Riigikantselei, lk 59
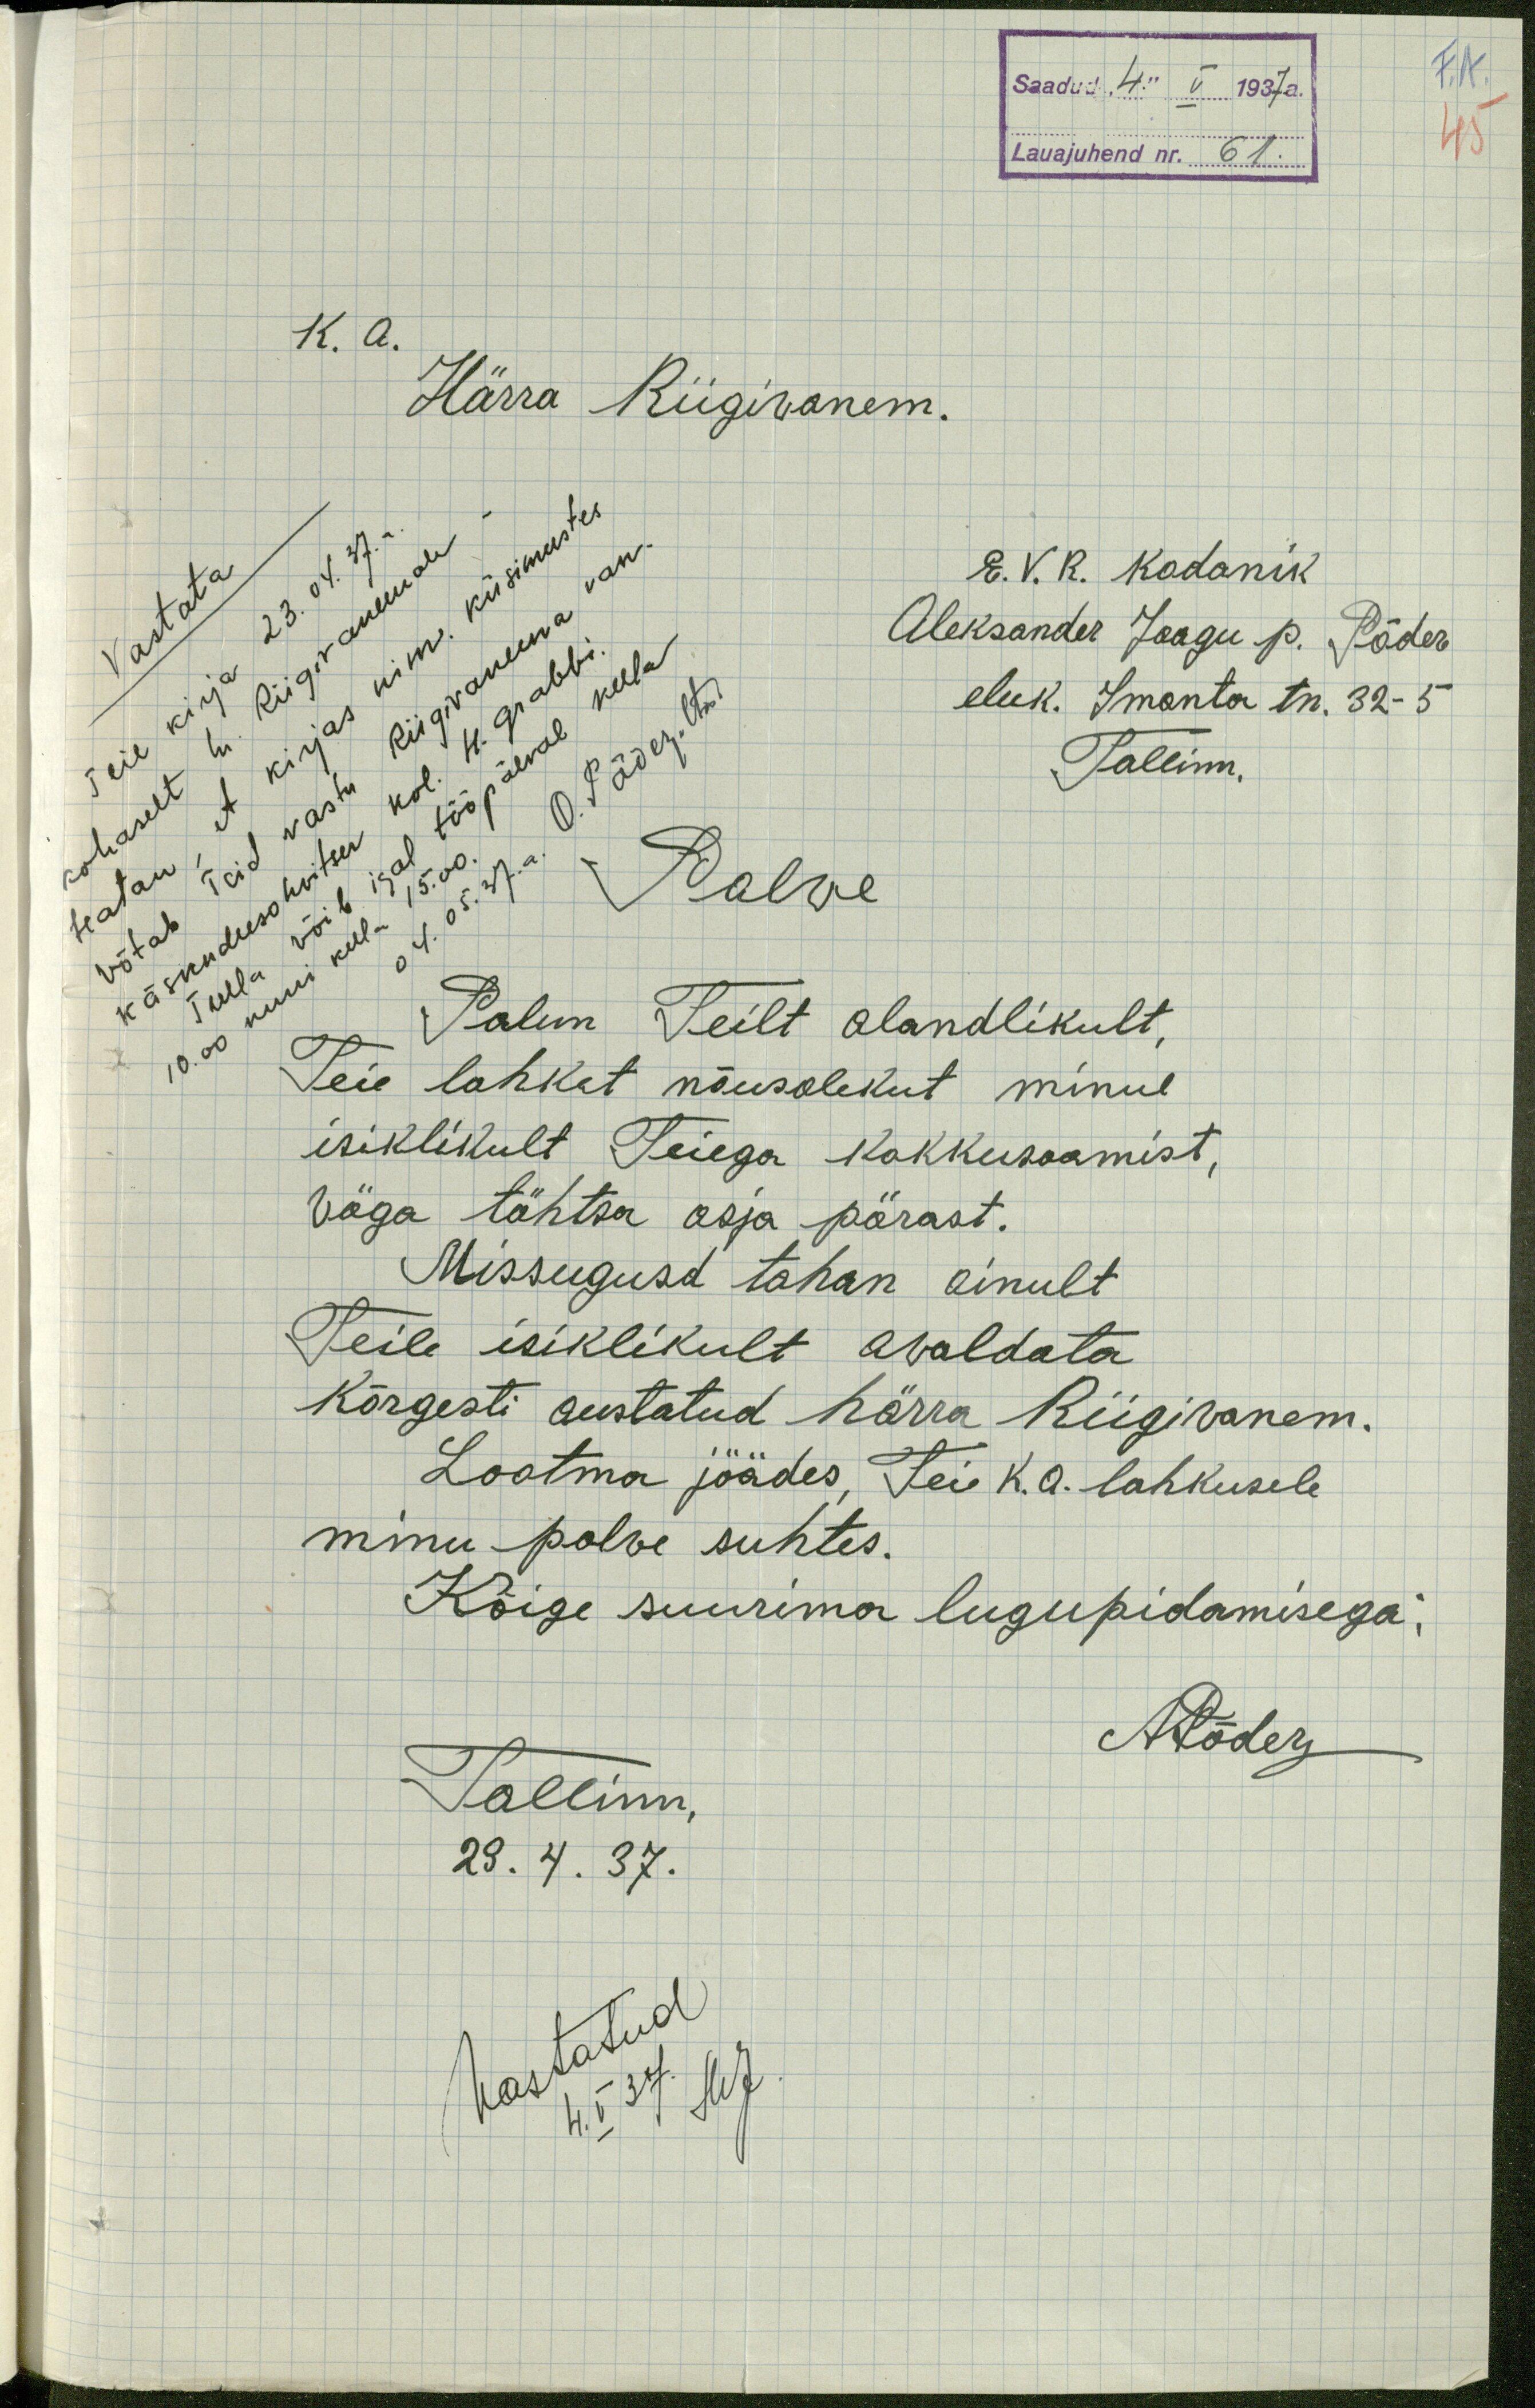
45
Saadud "4." V 1937 a.
Lauajuhend nr. 61.
K. A.
Härra Riigivanem.
E. V. R. Kodanik
Aleksander Jaagu p. Põder
eluk. Imanta tn. 32 - 5
Tallinn.
Palwe
Palun Teilt alandlikult,
Teie lahket nõusolekut minul
isiklikult Teiega kokkusaamist,
väga tähtsa asja pärast.
Missugusd tahan ainult
Teile isiklikult avaldata
Kõrgesti austatud härra Riigivanem.
Lootma jäädes, Teie K. A. lahkusele
minu palve suhtes.
Kõige suurima lugupidamisega;
APõder
Tallinn,
23. 4. 37.
Vastatud
4. V 37. MJ